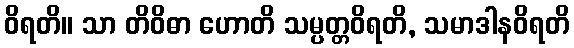
ဝိရတိ။ သာ တိဝိဓာ ဟောတိ သမ္ပတ္တဝိရတိ, သမာဒါနဝိရတိ